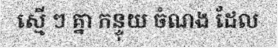
ស្មើ ៗ គ្នា កន្ទុយ ចំណង ដែល